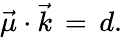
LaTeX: \vec{\mu}\cdot\vec{k}\, =\, d.